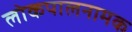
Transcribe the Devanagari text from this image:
लोकपालनामक